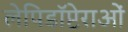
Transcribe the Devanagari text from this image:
लेपिडॉप्टेराओं